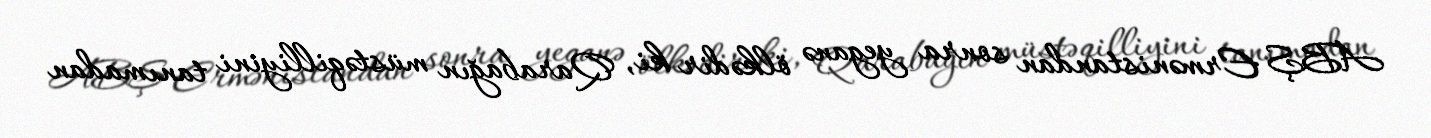
ABŞ Ermənistandan sonra yeganə ölkədir ki, Qarabağın müstəqilliyini tanımadan